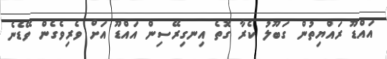
އައްޑޫ ރައްޔިތުން ގަބޫލު ކެރާ ގޮތެ އިނގިރޭސިން އައްޑޫ އަށް ވެރިވެގެން ވޭޑެނެ